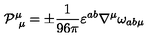
\mathcal { P } _ { \ \mu } ^ { \mu } = \pm \frac { 1 } { 9 6 \pi } \varepsilon ^ { a b } \nabla ^ { \mu } \omega _ { a b \mu }